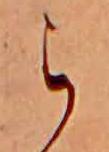
ら